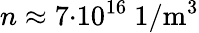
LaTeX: n\approx 7{\cdot}10^{16}\ \mathrm{1/m^{3}}